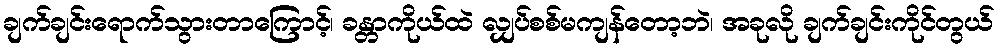
ချက်ချင်းရောက်သွားတာကြောင့်၊ ခန္တာကိုယ်ထဲ လျှပ်စစ်မကျန်တော့ဘဲ၊ အခုလို ချက်ချင်းကိုင်တွယ်